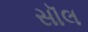
સૉલ